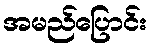
အမည်ပြောင်း